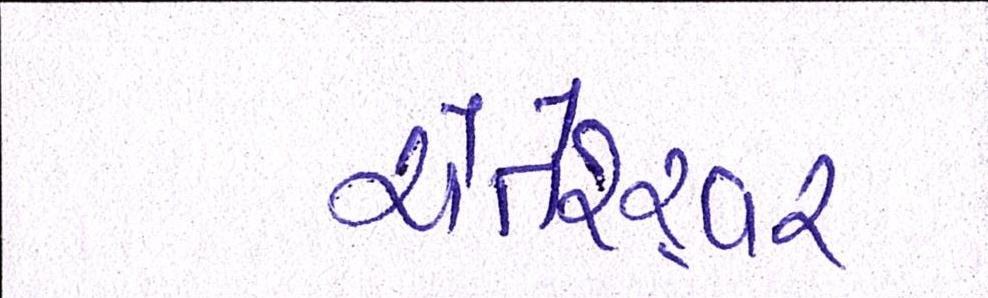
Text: ચેતેશ્ર્વર